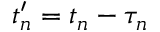
t _ { n } ^ { \prime } = t _ { n } - \tau _ { n }